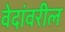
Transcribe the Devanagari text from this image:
वेदांवरील